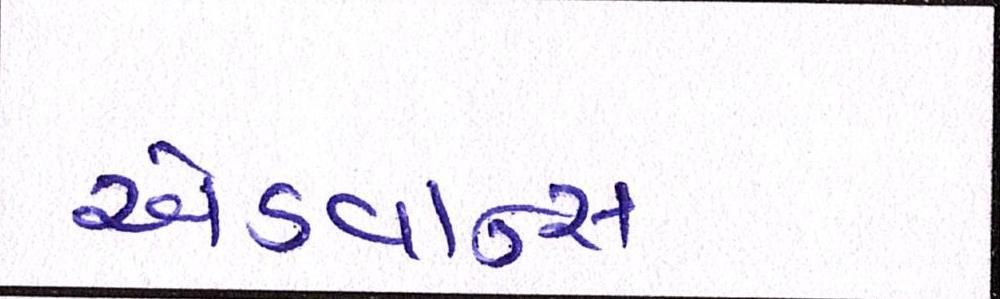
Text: એડવાન્સ